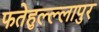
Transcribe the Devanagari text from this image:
फतेहुल्ल्लापुर